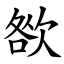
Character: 㰶